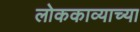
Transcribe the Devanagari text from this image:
लोककाव्याच्या